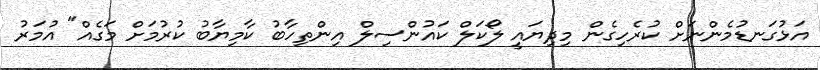
އަޅުގަނޑުމެންނަށް ކުރެހިގެން މިދިޔައީ ލޯކަލް ކައުންސިލް އިންތިހާބު ކާމިޔާބު ކުރުމަށް މަގެއް" އުމަރު